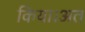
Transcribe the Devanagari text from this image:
किया।अत